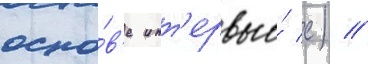
осно́в'е инт'ервью́ с) //